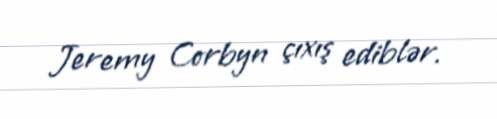
Jeremy Corbyn çıxış ediblər.